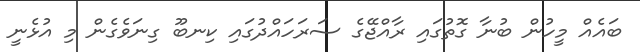
ބައެއް މީހުން ބުނާ ގޮތުގައި ރާއްޖޭގެ ސަރަހައްދުގައި ކިނބޫ ގިނަވެގެން މި އުޅެނީ